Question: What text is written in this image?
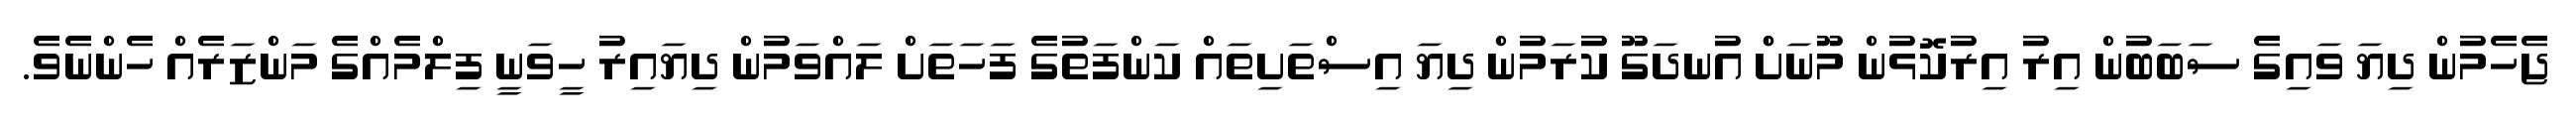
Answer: ޖެހެމުން ދިޔަ ވައިގެ ސަބަބުން އިރު އިރުކޮޅުން މޫނަށްް އުނދަގޫ ކުރަމުން ދިޔަ އިސްތަށިތައް ކަންފަތުގެ ފަހަތަށް ލައްވަމުން ދިޔައިރު ހީވަނީ ފިލްމެއްގެ މަންޒަރެއް ހެންނެވެ.